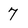
Character: 7